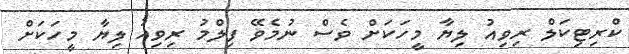
ކްރިޓިކަލް ރިވިއު ލިޔާ މީހަކަށް ވެސް ނުމެވޭ ފިލްމު ރިވިއު ލިޔާ މީހަކަށް